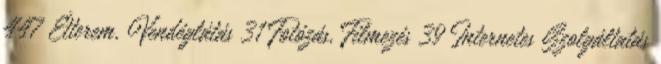
447 Étterem, Vendéglátás 31 Fotózás, Filmezés 39 Internetes Szolgáltatás